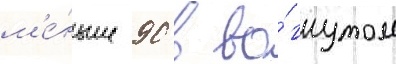
м'е́ньше 90 в во́гнутом